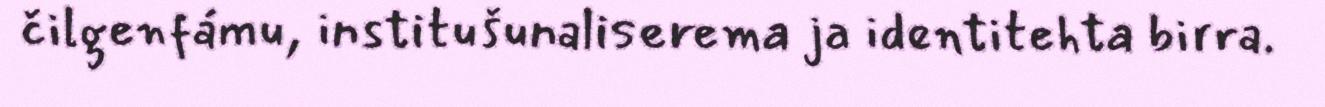
čilgenfámu, institušunaliserema ja identitehta birra.